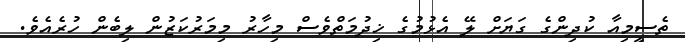
ތެސީމިއާ ކުދިންގެ ގަޔަށް ލޭ އެޅުމުގެ ޚިދުމަތްވެސް މިހާރު މިމަރުކަޒުން ލިބެން ހުރެއެވެ.